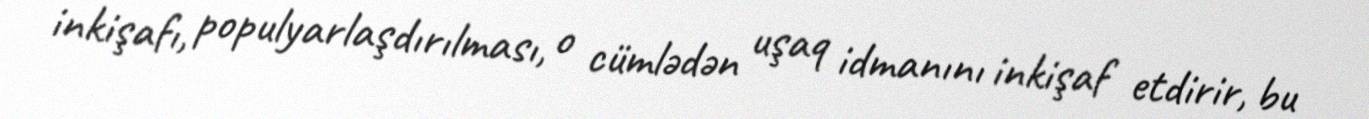
inkişafı, populyarlaşdırılması, o cümlədən uşaq idmanını inkişaf etdirir, bu